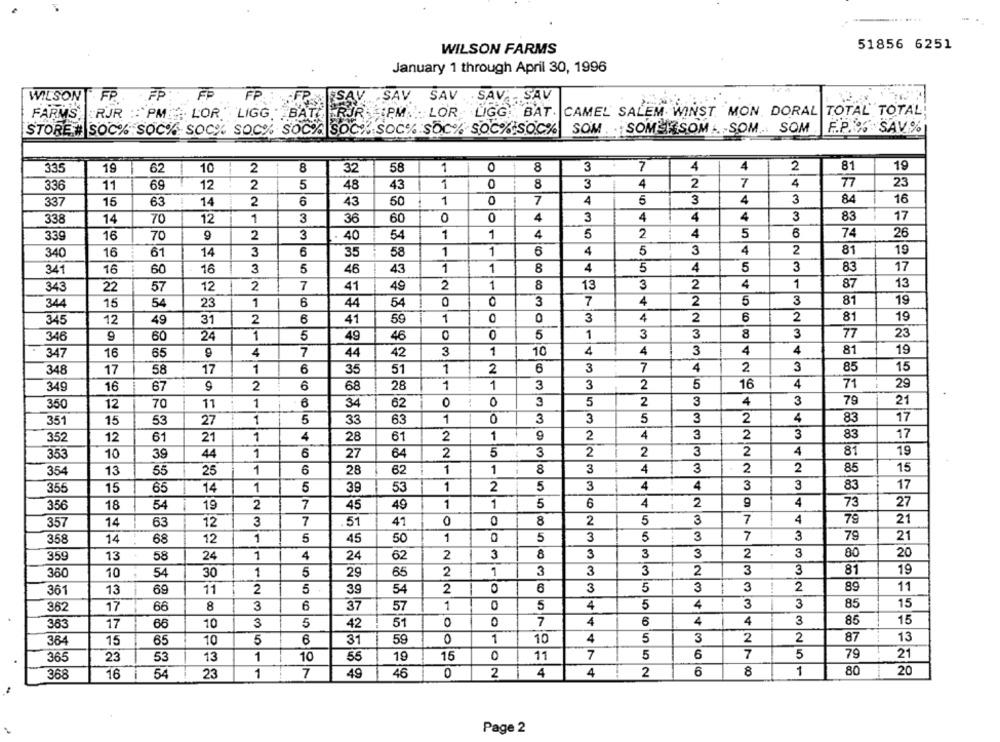
......
51856 6251
WILSON FARMS
January 1 through April 30, 1996
WILSON FP FP: FP
FP
FP
FSAV. SAV
SAV . . SAV
SAV
FARMS | RJR : PM . LOR "LIGG BATERJR P.M. LOR LIGG: BAT. CAMEL SALEM WINST MON. DORAL TOTAL TOTAL;
STORE # SOC% SOC% SOC% SOC% SOC% SOCK SOC% SOC% SOCISOC%
SOM . .. SOMEF SOM ... SOM .. SOM
F.P.% SAV %
33.5
19
62
10
2
8
32
58
1
1
0
8
3
7
4
4
2
81
19
336
11
69
12
2
5
48
43
0
8
3
4
2
7
4
77
23
15
2
6
50
1
0
7
4
5
3
4
3
84
-
16
337
63
14
43
3
338
14
70
12
1
3
36
60
0
4
3
4
4
4
83
17
339
16
70
9
2
3
40
54
1
1
4
5
2
4
5
74
26
16
61
14
3
6
35
58
1
1
6
4
5
3
4
2
81
19
340
3
1
1
8
4
5
4
5
3
83
17
341
16
60
16
5
46
43
13
343
22
57
12
2
7
41
49
2
1
8
13
3
2
4
1
87
344
15
54
23
1
6
44
54
0
3
7
4
2
5
3
81
19
345
12
49
2
6
41
59
1
O
0
3
4
2
6
2
81
19
31
3
3
8
3
77
23
346
9
60
24
1
5
49
46
5
1
19
347
16
65
9
4
7
44
42
3
1
10
4
4
3
4
4
81
348
17
58
17
1
6
35
51
1
2
6
3
7
4
2
3
85
15
9
2
6
28
1
1
3
3
2
5
16
4
71
29
349
16
67
68
5
3
79
21
350
12
70
11
1
6
34
62
0
0
3
2
3
4
351
15
53
27
1
5
33
63
1
0
3
3
5
3
2
4
83
17
352
61
21
1
4
28
61
2
1
9
2
4
3
2
3
83
17
12
1
6
2
5
3
2
2
3
2
4
81
19
353
10
39
44
27
64
3
2
15
354
13
55
25
1
6
28
62
1
1
8
4
3
2
85
355
15
65
14
1
5
39
53
1
2
5
3
4
4
3
3
83
17
2
7
49
1
1
5
6
4
2
4
73
27
356
18
54
19
45
7
2
5
3
7
79
21
357
14
63
12
3
51
41
0
8
358
14
68
12
1
5
45
50
1
5
3
5
3
7
79
21
359
13
58
24
1
4
24
62
2
3
8
3
3
3
2
3
80
20
5
65
2
1
3
3
3
2
3
3
81
19
360
10
54
30
1
29
5
3
3
2
89
11
361
13
69
11
2
5
39
54
2
O
6
3
362
17
8
3
6
37
57
1
5
4
5
4
3
3
85
15
363
17
66
10
3
5
51
0
7
4
4
4
3
85
15
42
0
1
10
4
5
3
2
2
87
13
364
15
65
10
5
6
31
59
7
5
79
21
365
23
53
13
1
10
55
19
15
11
7
5
6
368
16
54
23
1
7
49
46
0
2
4
4
2
6
8
1
80
20
Page 2